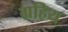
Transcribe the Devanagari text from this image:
ग्रहिय